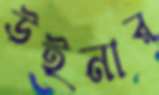
উইনার